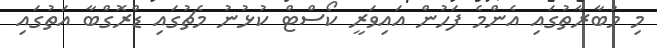
މި މުބާރާތުގައި އެންމެ ފަހުން އައިވަރީ ކޯސްޓް ކުޅުނު މެޗުގައި ޑްރޮގްބާ އަތުގައި